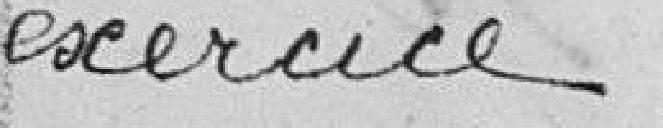
exercice.